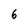
Character: 6